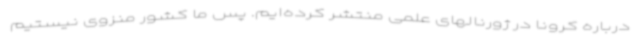
درباره کرونا در ژورنالهای علمی منتشر کرده‌ایم. پس ما کشور منزوی نیستیم